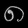
Digit: ၈